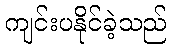
ကျင်းပနိုင်ခဲ့သည်